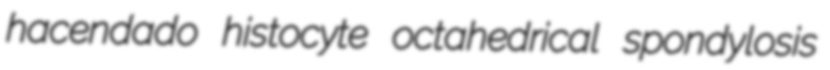
hacendado histocyte octahedrical spondylosis